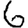
Digit: 6